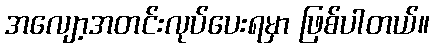
အလျော့အတင်းလုပ်ပေးရမှာ ဖြစ်ပါတယ်။